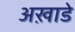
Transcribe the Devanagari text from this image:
अख़ाडे